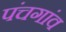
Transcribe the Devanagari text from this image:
पंचगांव